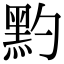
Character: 䵠